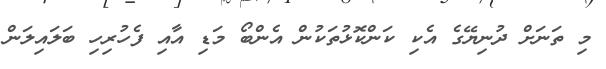
މި ތަނަށް ދުނިޔޭގެ އެކި ކަންކޮޅުތަކުން އެންބޯ މަޑި އާއި ފެހުރިހި ބަލައިލަން